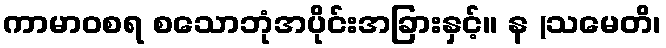
ကာမာဝစရ စသောဘုံအပိုင်းအခြားနှင့်။ န (သမေတိ၊